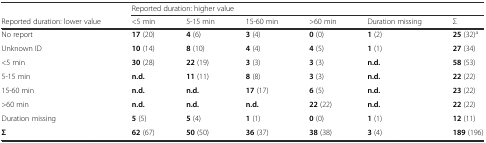
<table><thead><tr><td></td><td colspan="6"><b>Reported duration: higher value</b></td></tr><tr><td><b>Reported duration: lower value</b></td><td><b>&lt;5 min</b></td><td><b>5-15 min</b></td><td><b>15-60 min</b></td><td><b>&gt;60 min</b></td><td><b>Duration missing</b></td><td><b>Σ</b></td></tr></thead><tbody><tr><td>No report</td><td><b>17</b> (20)</td><td><b>4</b> (6)</td><td><b>3</b> (4)</td><td><b>0</b> (0)</td><td><b>1</b> (2)</td><td><b>25</b> (32)<sup>a</sup></td></tr><tr><td>Unknown ID</td><td><b>10</b> (14)</td><td><b>8</b> (10)</td><td><b>4</b> (4)</td><td><b>4</b> (5)</td><td><b>1</b> (1)</td><td><b>27</b> (34)</td></tr><tr><td>&lt;5 min</td><td><b>30</b> (28)</td><td><b>22</b> (19)</td><td><b>3</b> (3)</td><td><b>3</b> (3)</td><td><b>n.d.</b></td><td><b>58</b> (53)</td></tr><tr><td>5-15 min</td><td><b>n.d.</b></td><td><b>11</b> (11)</td><td><b>8</b> (8)</td><td><b>3</b> (3)</td><td><b>n.d.</b></td><td><b>22</b> (22)</td></tr><tr><td>15-60 min</td><td><b>n.d.</b></td><td><b>n.d.</b></td><td><b>17</b> (17)</td><td><b>6</b> (5)</td><td><b>n.d.</b></td><td><b>23</b> (22)</td></tr><tr><td>&gt;60 min</td><td><b>n.d.</b></td><td><b>n.d.</b></td><td><b>n.d.</b></td><td><b>22</b> (22)</td><td><b>n.d.</b></td><td><b>22</b> (22)</td></tr><tr><td>Duration missing</td><td><b>5</b> (5)</td><td><b>5</b> (4)</td><td><b>1</b> (1)</td><td><b>0</b> (0)</td><td><b>1</b> (1)</td><td><b>12</b> (11)</td></tr><tr><td><b>Σ</b></td><td><b>62</b> (67)</td><td><b>50</b> (50)</td><td><b>36</b> (37)</td><td><b>38</b> (38)</td><td><b>3</b> (4)</td><td><b>189</b> (196)</td></tr></tbody></table>